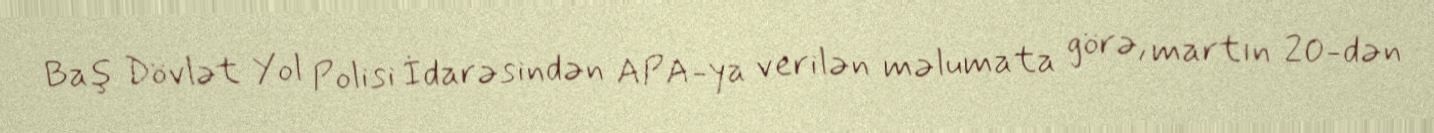
Baş Dövlət Yol Polisi İdarəsindən APA-ya verilən məlumata görə, martın 20-dən